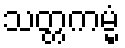
သတ္တကမ္မံ